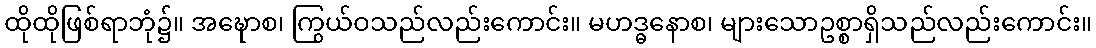
ထိုထိုဖြစ်ရာဘုံ၌။ အဍ္ဎောစ၊ ကြွယ်ဝသည်လည်းကောင်း။ မဟဒ္ဓနောစ၊ များသောဥစ္စာရှိသည်လည်းကောင်း။